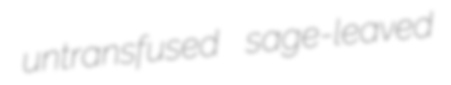
untransfused sage-leaved